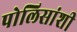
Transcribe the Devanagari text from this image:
पोलिसांशी